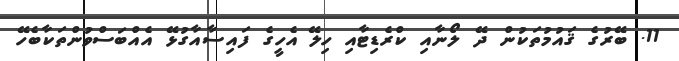
11. ބޭރުގެ ޤައުމުތަކުން ދޭ ލޯނާއި ކްރެޑިޓާއި ހިލޭ އެހީގެ ފައިސާއާގުޅޭ އެއްބަސްވުންތަކާބެހޭ